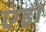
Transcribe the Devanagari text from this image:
एंड्रो